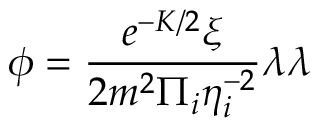
\phi = \frac { e ^ { - K / 2 } \xi } { 2 m ^ { 2 } \Pi _ { i } \eta _ { i } ^ { - 2 } } \lambda \lambda